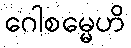
ဂေါစမ္မေဟိ